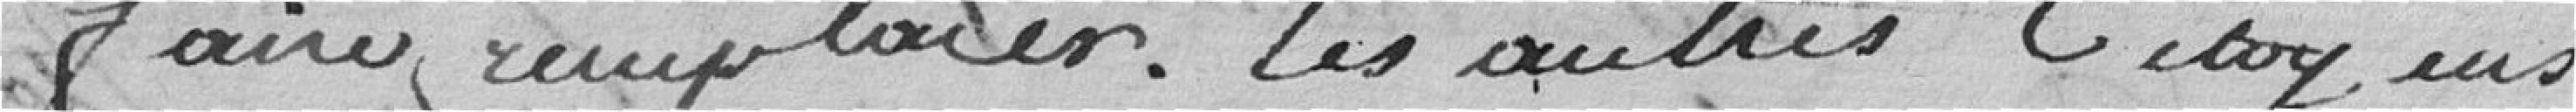
faire remplacer. Les autres citoyens